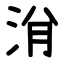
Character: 洕